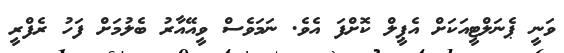
ވަނީ ޕެނަލްޓީއަކަށް އެޕީލް ކޮށްފަ އެވެ. ނަމަވެސް ވީއޭއާރު ބެލުމަށް ފަހު ރެފްރީ